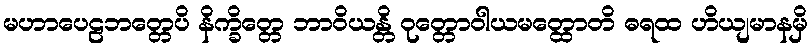
မဟာပေဠဘတ္တေပိ နိက္ခိတ္တေ ဘာဝိယန္တိ ဝုတ္တောဝါယမတ္ထောတိ ဓရထ ဟိယျမာနမှိ